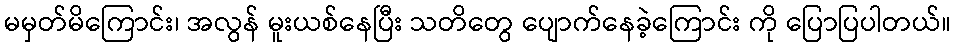
မမှတ်မိကြောင်း၊ အလွန် မူးယစ်နေပြီး သတိတွေ ပျောက်နေခဲ့ကြောင်း ကို ပြောပြပါတယ်။